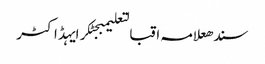
سندھعلامہ اقبالتعلیمبجٹکرایہڈاکٹر